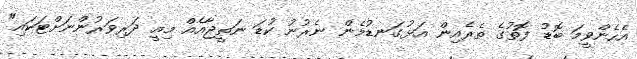
އެހެންވީމަ ބޮޑު ފޮތުގެ ތެރެއިން އަޅުގަނޑުމެން ނެރުނު ކުޑަ ނަތީޖާއެއް މިއީ ދަރިވަރުންނަށްޓަކައި"